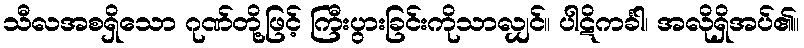
သီလအစရှိသော ဂုဏ်တို့ဖြင့် ကြီးပွားခြင်းကိုသာလျှင်။ ပါဋိကင်္ခါ၊ အလိုရှိအပ်၏။